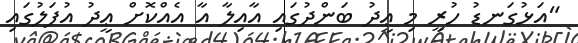
"އަޅުގަނޑު ހުރީ މި ޢީދު ބަންދުގައި އާއިލާ އާ އެއްކޮށް ޢީދު އުފަލުގައި